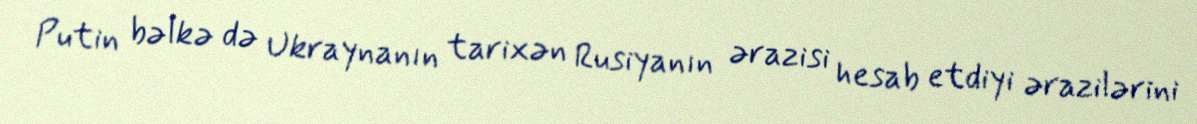
Putin bəlkə də Ukraynanın tarixən Rusiyanın ərazisi hesab etdiyi ərazilərini